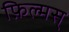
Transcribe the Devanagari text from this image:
फ़िल्मस्